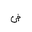
Letter: _dad